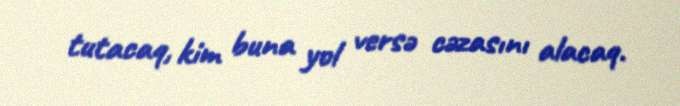
tutacaq, kim buna yol versə cəzasını alacaq.